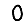
Digit: 0